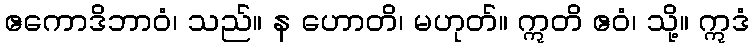
ဧကောဒိဘာဝံ၊ သည်။ န ဟောတိ၊ မဟုတ်။ ဣတိ ဧဝံ၊ သို့။ ဣဒံ